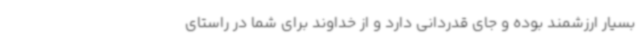
بسیار ارزشمند بوده و جای قدردانی دارد و از خداوند برای شما در راستای